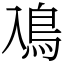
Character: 鳰